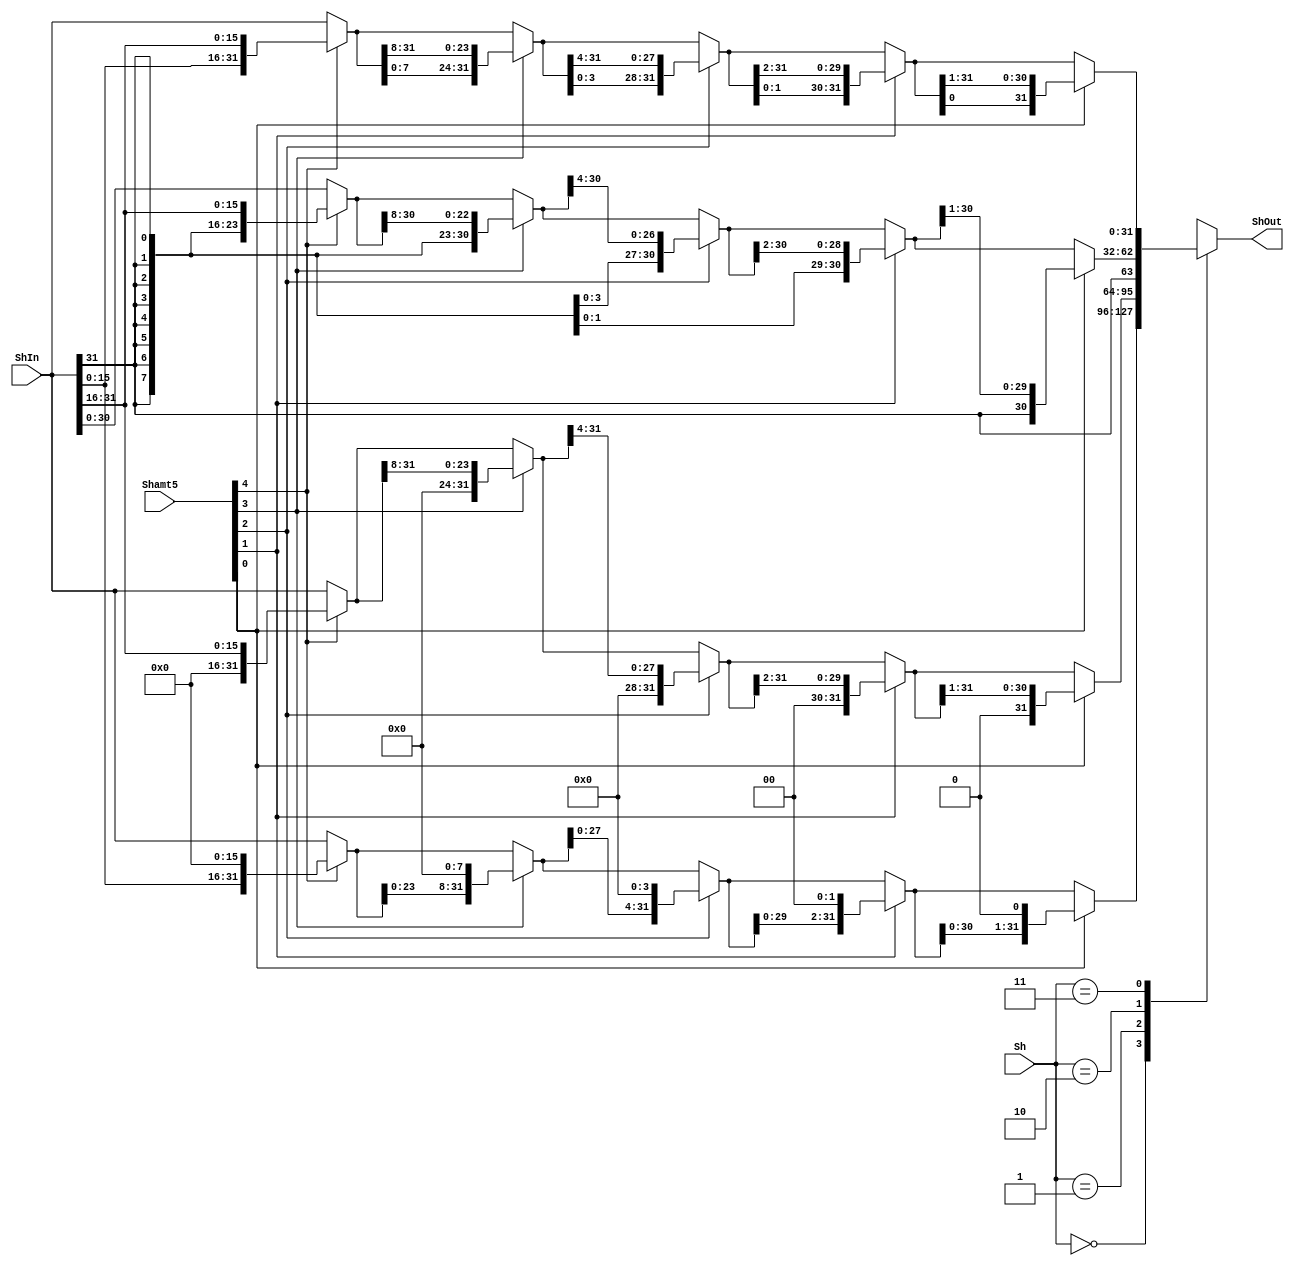
`timescale 1ns / 1ps
module Shifter2(
    input [1:0] Sh,
    input [4:0] Shamt5,
    input [31:0] ShIn,
    
    output [31:0] ShOut
    );
    
wire [3:0] zero = 4'b0000;
wire [31:0] ShOutLSLA;
wire [31:0] ShOutLSLB;
wire [31:0] ShOutLSLC;
wire [31:0] ShOutLSLD;
wire [31:0] ShOutLSL;
//LSL
assign ShOutLSLA = (Shamt5[4]==1)?{ShIn[15:0],{16{1'b0}}}:ShIn;
assign ShOutLSLB = (Shamt5[3]==1)?{ShOutLSLA[23:0],{8{1'b0}}}:ShOutLSLA;
assign ShOutLSLC = (Shamt5[2]==1)?{ShOutLSLB[27:0],{4{1'b0}}}:ShOutLSLB;
assign ShOutLSLD = (Shamt5[1]==1)?{ShOutLSLC[29:0],{2{1'b0}}}:ShOutLSLC;
assign ShOutLSL = (Shamt5[0]==1)?{ShOutLSLD[30:0],{1{1'b0}}}:ShOutLSLD;
//LSR
wire [31:0] ShOutLSRA;
wire [31:0] ShOutLSRB;
wire [31:0] ShOutLSRC;
wire [31:0] ShOutLSRD;
wire [31:0] ShOutLSR;
assign ShOutLSRA = (Shamt5[4]==1)?{{16{1'b0}},ShIn[31:16]}:ShIn;
assign ShOutLSRB = (Shamt5[3]==1)?{{8{1'b0}},ShOutLSRA[31:8]}:ShOutLSRA;
assign ShOutLSRC = (Shamt5[2]==1)?{{4{1'b0}},ShOutLSRB[31:4]}:ShOutLSRB;
assign ShOutLSRD = (Shamt5[1]==1)?{{2{1'b0}},ShOutLSRC[31:2]}:ShOutLSRC;
assign ShOutLSR  = (Shamt5[0]==1)?{{1{1'b0}},ShOutLSRD[31:1]}:ShOutLSRD;
//ASR
wire [31:0] ShOutASRA;
wire [31:0] ShOutASRB;
wire [31:0] ShOutASRC;
wire [31:0] ShOutASRD;
wire [31:0] ShOutASR;
assign ShOutASRA = (Shamt5[4]==1)?{{16{ShIn[31]}},ShIn[31:16]}:ShIn;
assign ShOutASRB = (Shamt5[3]==1)?{{8{ShIn[31]}},ShOutASRA[31:8]}:ShOutASRA;
assign ShOutASRC = (Shamt5[2]==1)?{{4{ShIn[31]}},ShOutASRB[31:4]}:ShOutASRB;
assign ShOutASRD = (Shamt5[1]==1)?{{2{ShIn[31]}},ShOutASRC[31:2]}:ShOutASRC;
assign ShOutASR  = (Shamt5[0]==1)?{{1{ShIn[31]}},ShOutASRD[31:1]}:ShOutASRD;
//ROR
wire [31:0] ShOutRORA;
wire [31:0] ShOutRORB;
wire [31:0] ShOutRORC;
wire [31:0] ShOutRORD;
wire [31:0] ShOutROR;
assign ShOutRORA = (Shamt5[4]==1)?{ShIn[15:0],ShIn[31:16]}:ShIn;
assign ShOutRORB = (Shamt5[3]==1)?{ShOutRORA[7:0],ShOutRORA[31:8]}:ShOutRORA;
assign ShOutRORC = (Shamt5[2]==1)?{ShOutRORB[3:0],ShOutRORB[31:4]}:ShOutRORB;
assign ShOutRORD = (Shamt5[1]==1)?{ShOutRORC[1:0],ShOutRORC[31:2]}:ShOutRORC;
assign ShOutROR  = (Shamt5[0]==1)?{ShOutRORD[0],ShOutRORD[31:1]}:ShOutRORD;
//get ShOut
reg [31:0] ShOut1;
always @(*) begin
    case(Sh)
    2'b00:ShOut1 = ShOutLSL;
    2'b01:ShOut1 = ShOutLSR;
    2'b10:ShOut1 = ShOutASR;
    2'b11:ShOut1 = ShOutROR; 
    default:ShOut1 <= ShOut;
    endcase
end   
assign ShOut = ShOut1;
endmodule